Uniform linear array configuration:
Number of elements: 8
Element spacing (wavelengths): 0.5
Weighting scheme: exponential
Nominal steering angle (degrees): -15
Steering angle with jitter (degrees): -16.193
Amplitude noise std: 0.05
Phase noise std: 0.05

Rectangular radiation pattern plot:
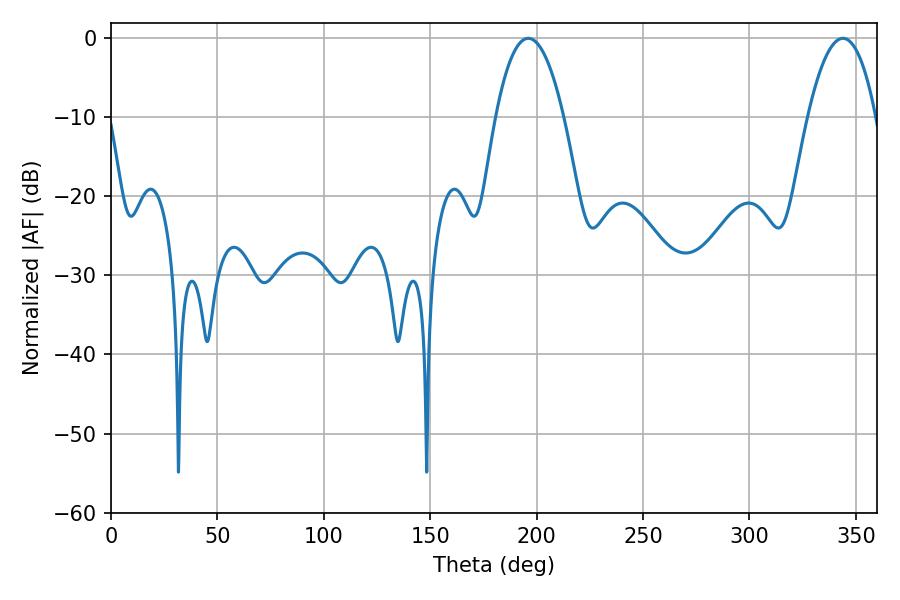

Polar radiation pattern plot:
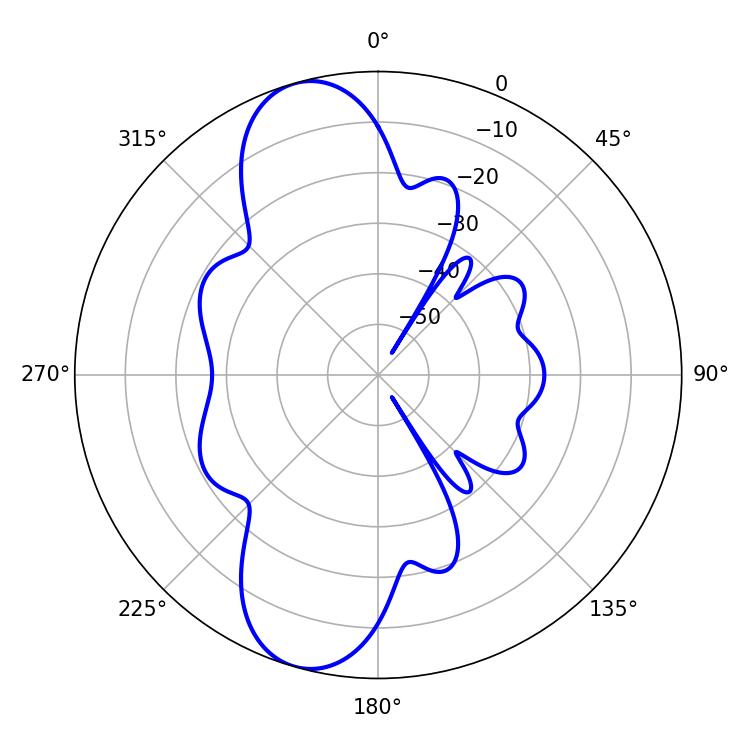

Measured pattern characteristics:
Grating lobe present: FALSE
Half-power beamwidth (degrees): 17.82
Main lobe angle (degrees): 196.02